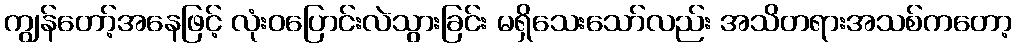
ကျွန်တော့်အနေဖြင့် လုံးဝပြောင်းလဲသွားခြင်း မရှိသေးသော်လည်း အသိတရားအသစ်ကတော့